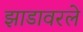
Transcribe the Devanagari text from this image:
झाडावरले